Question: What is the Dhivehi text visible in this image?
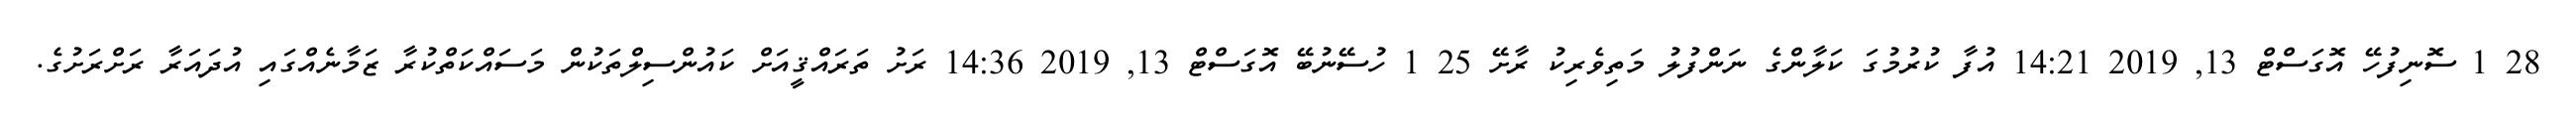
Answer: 28 1 ސޮނިފުހޭ އޮގަސްޓް 13, 2019 14:21 އުފާ ކުރުމުގަ ކަލާންގެ ނަންފުލު މަތިވެރިކު ރާށޭ 25 1 ހުސޭނުބޭ އޮގަސްޓް 13, 2019 14:36 ރަށު ތަރައްޤީއަށް ކައުންސިލްތަކުން މަސައްކަތްކުރާ ޒަމާނެއްގައި އުދައަރާ ރަށްރަށުގެ.